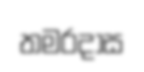
තමරදාස